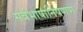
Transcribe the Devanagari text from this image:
सर्वभाषानिषणण